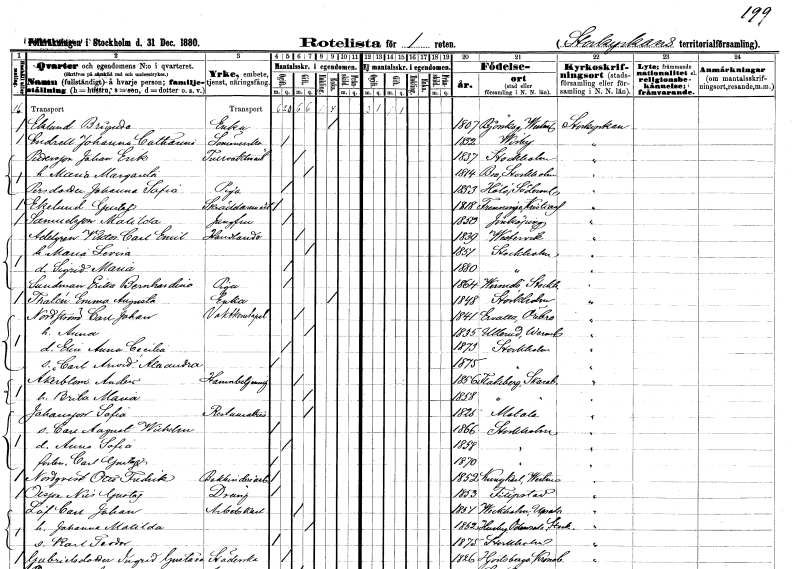
gt_parse: households: individuals: FN: Brigitta
EN: Eklund
YRKE: Änka
KON: K
CIV: E
FODAR: 1807
FODFORS: Björskog Västmanlands län
FN: Johanna Catharina
EN: Endrell
YRKE: Sömmerska
KON: K
CIV: O
FODAR: 1852
FODFORS: Visby Gotlands län
FN: Johan Erik
EN: Pettersson
YRKE: Tullvaktmästare
KON: M
CIV: G
FODAR: 1837
FODFORS: Stockholm
FN: Maria Margareta
KON: K
CIV: G
FODAR: 1814
FODFORS: Bro Stockholms län
FN: Johanna Sofia
EN: Persdotter
YRKE: Piga
KON: K
CIV: O
FODAR: 1853
FODFORS: Hölö Stockholms län
FN: Gustaf
EN: Ekelund
YRKE: Skräddarmästare
KON: M
CIV: O
FODAR: 1818
FODFORS: Fränninge Malmöhus län
FN: Matilda
EN: Samuelsson
YRKE: Jungfru
KON: K
CIV: O
FODAR: 1850
FODFORS: Jönköping Jönköpings län
FN: Viktor Carl Emil
EN: Adelgren
YRKE: Handlande
KON: M
CIV: G
FODAR: 1839
FODFORS: Västervik Kalmar län
FN: Maria Lovisa
KON: K
CIV: G
FODAR: 1851
FODFORS: Stockholm
FN: Sigrid Maria
KON: K
CIV: O
FODAR: 1880
FODFORS: Stockholm
FN: Erika Bernhardina
EN: Sundman
YRKE: Piga
KON: K
CIV: O
FODAR: 1864
FODFORS: Värmdö Stockholms län
FN: Emma Augusta
EN: Thalén
YRKE: Änka
KON: K
CIV: E
FODAR: 1848
FODFORS: Stockholm
FN: Carl Johan
EN: Nordström
YRKE: Vaktkonstapel
KON: M
CIV: G
FODAR: 1841
FODFORS: Ervalla Örebro län
FN: Anna
KON: K
CIV: G
FODAR: 1835
FODFORS: Ullerud Värmlands län
FN: Elin Anna Cecilia
KON: K
CIV: O
FODAR: 1873
FODFORS: Stockholm
FN: Carl Arvid Alexander
KON: M
CIV: O
FODAR: 1875
FODFORS: Stockholm
FN: Anders
EN: Åkerblom
YRKE: Hamnbetjänt
KON: M
CIV: G
FODAR: 1856
FODFORS: Flakeberg Skaraborgs län
FN: Brita Maria
KON: K
CIV: G
FODAR: 1858
FODFORS: Flakeberg Skaraborgs län
FN: Sofia
EN: Johansson
YRKE: Restauratrice
KON: K
CIV: G
FODAR: 1825
FODFORS: Motala Östergötlands län
FN: Carl August Wilhelm
KON: M
CIV: O
FODAR: 1866
FODFORS: Stockholm
FN: Anna Sofia
KON: K
CIV: O
FODAR: 1858
FODFORS: Stockholm
FN: Carl Gustaf
KON: M
CIV: O
FODAR: 1870
FODFORS: Stockholm
FN: Otto Fredrik
EN: Nordqvist
YRKE: Bokbinderiarbetare
KON: M
CIV: O
FODAR: 1852
FODFORS: Kung Karl Västmanlands län
FN: Nils Gustaf
EN: Olsson
YRKE: Dräng
KON: M
CIV: O
FODAR: 1853
FODFORS: Filipstad Värmlands län